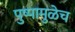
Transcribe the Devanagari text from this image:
पुष्पामुळेच